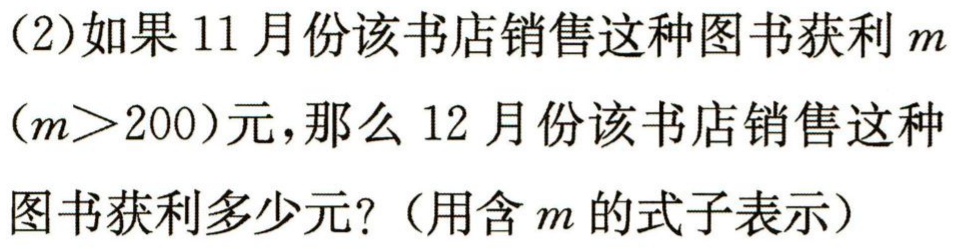
(2)如果11月份该书店销售这种图书获利\(m\)

\((m > 200)\)元，那么12月份该书店销售这种

图书获利多少元？（用含\(m\)的式子表示）